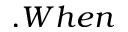
. W h e n